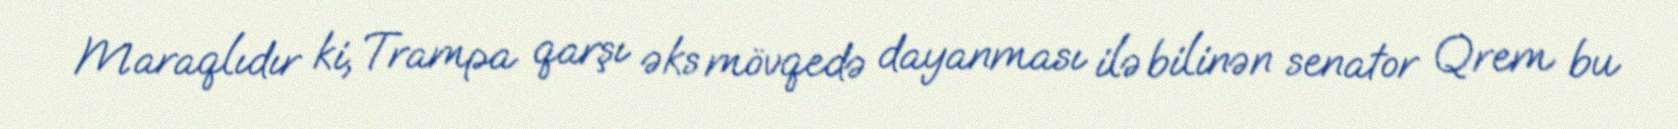
Maraqlıdır ki, Trampa qarşı əks mövqedə dayanması ilə bilinən senator Qrem bu